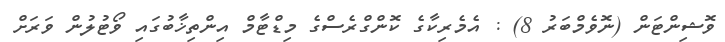
ވޮޝިންޓަން (ނޮވެމްބަރު 8) : އެމެރިކާގެ ކޮންގްރެސްގެ މިޑްޓާމް އިންތިޚާބުގައި ވޯޓުލުން ވަރަށް